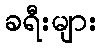
ခရီးများ